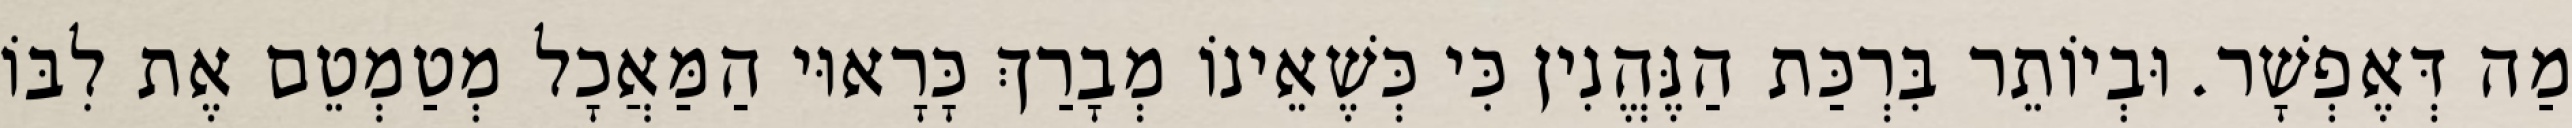
מַה דְּאֶפְשָׁר. וּבְיוֹתֵר בִּרְכַּת הַנֶּהֱנִין כִּי כְּשֶׁאֵינוֹ מְבָרַךְ כָּרָאוּי הַמַּאֲכָל מְטַמְטֵם אֶת לִבּוֹ